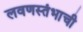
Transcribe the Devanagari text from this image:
लवणस्तंभाची